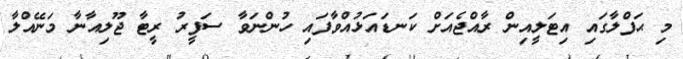
މި ޙަފްލާގައި އިޓަލީއިން ރާއްޖެއަށް ކަނޑައަޅުއްވާފައި ހުންނަވާ ސަފީރު ރީޓާ ޖޫލިއާނާ މަނޭއްލާ